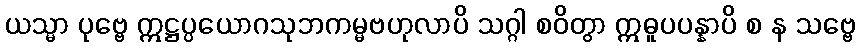
ယသ္မာ ပုဗ္ဗေ ဣဋ္ဌပ္ပယောဂသုဘကမ္မဗဟုလာပိ သဂ္ဂါ စဝိတွာ ဣဓူပပန္နာပိ စ န သဗ္ဗေ